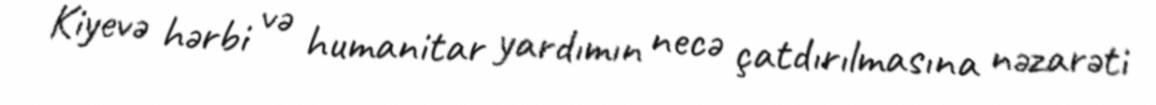
Kiyevə hərbi və humanitar yardımın necə çatdırılmasına nəzarəti